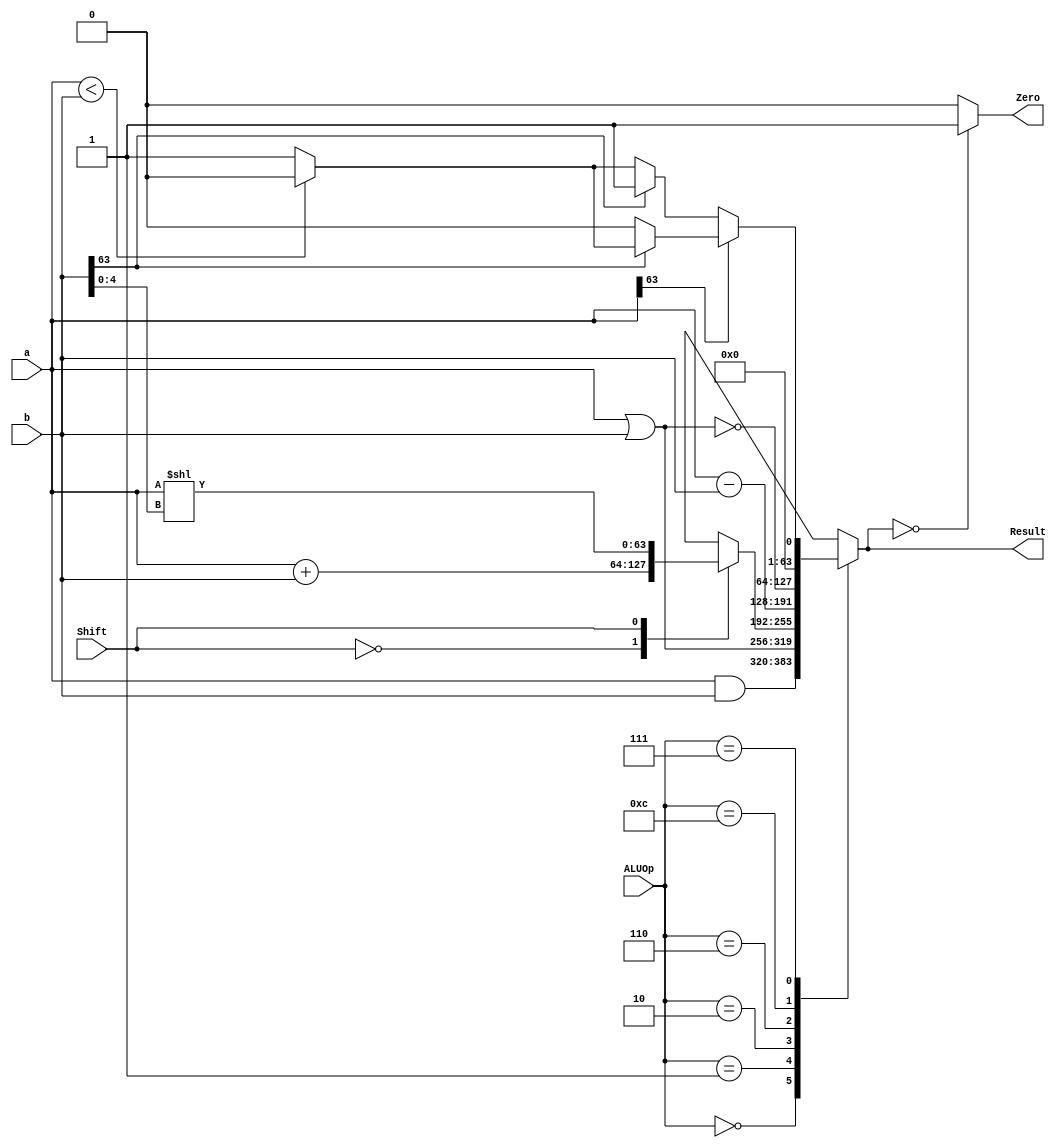
`timescale 1ns / 1ps
//////////////////////////////////////////////////////////////////////////////////
// Company: 
// Engineer: 
// 
// Design Name: 
// Module Name: ALU_64_bit
// Project Name: 
// Target Devices: 
// Tool Versions: 
// Description: 
// 
// Dependencies: 
// 
// Revision:
// Revision 0.01 - File Created
// Additional Comments:
// 
//////////////////////////////////////////////////////////////////////////////////

module ALU_64_bit
(
	input [63:0]a, 
	input [63:0] b,
	input [3:0] ALUOp,
	input Shift,
	
	output reg [63:0] Result,
	output reg Zero
);

localparam [3:0]
AND = 4'b0000,
OR	= 4'b0001,
ADD	= 4'b0010,
Sub	= 4'b0110,
NOR = 4'b1100,
LESSTHAN = 4'b0111;

reg signed [64:0] signed_a;
reg signed [64:0] signed_b;

initial
Zero <= 0;

always @ (ALUOp, a, b)
begin
    signed_a <= a;
    signed_b <= b;
	case (ALUOp)
		AND: Result = a & b;
		OR:	 Result = a | b;
		ADD: 
			case(Shift)
				0: Result = a + b;
				1: Result = a << b[4:0];
				default: Result = a + b;
			endcase
		Sub: Result = a - b;
		NOR: Result = ~(a | b);
		LESSTHAN:
		begin
		  if (a[63] == 1)
		  begin
		      if (b[63] == 1)
		          Result = ( a < b )? 0: 1;
		      else
		          Result = 0;
		  end
		  else
		  begin
		      if (b[63] == 1)
		          Result = 1;
		      else
		          Result = ( a < b )? 0: 1;
		  end
		end
		
		default: Result = 64'bx;
	endcase
	Zero = (Result == 0)? 1: 0;
end
endmodule